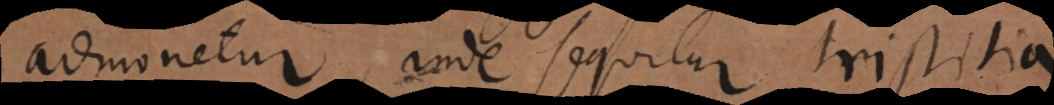
admonetur, inde sequitur tristitia